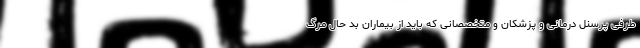
طرفی پرسنل درمانی و پزشکان و متخصصانی که باید از بیماران بد حال مرگ